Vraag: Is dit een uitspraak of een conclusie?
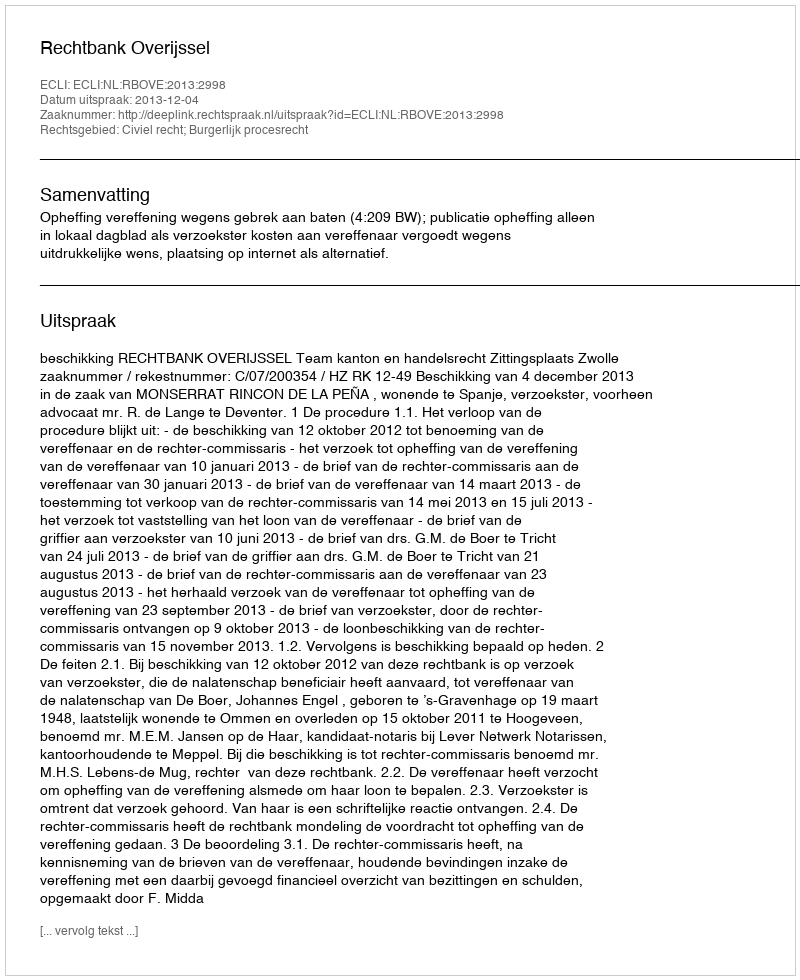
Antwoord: Uitspraak